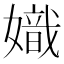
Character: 嬂